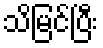
သိမြင်ပြီး